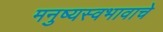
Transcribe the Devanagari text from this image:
मनुष्यस्वभावाचे